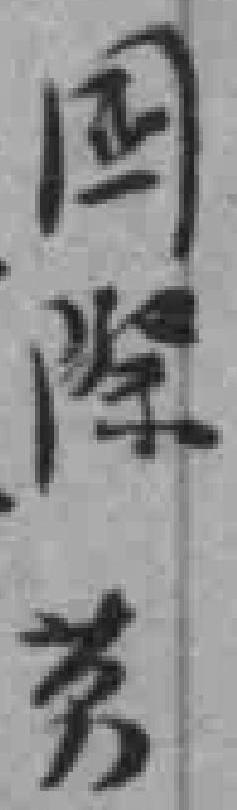
國際劳